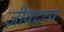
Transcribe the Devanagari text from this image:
ज़ीवद्रव्य